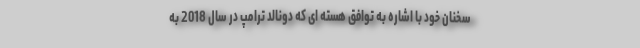
سخنان خود با اشاره به توافق هسته ای که دونالد ترامپ در سال 2018 به